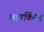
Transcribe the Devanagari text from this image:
वायकिंग्ज